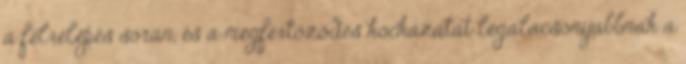
a félrelépés során, és a megfertőződés kockázatát legalacsonyabbnak a